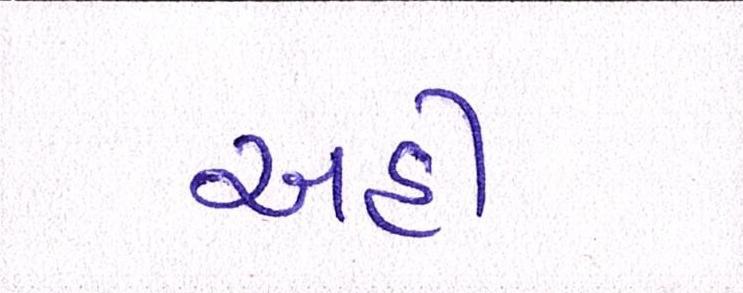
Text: અહીં